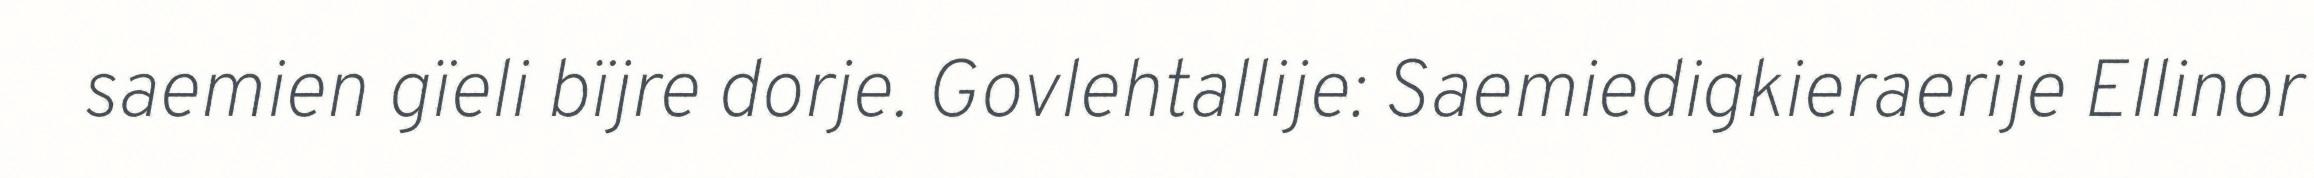
saemien gïeli bïjre dorje. Govlehtallije: Saemiedigkieraerije Ellinor